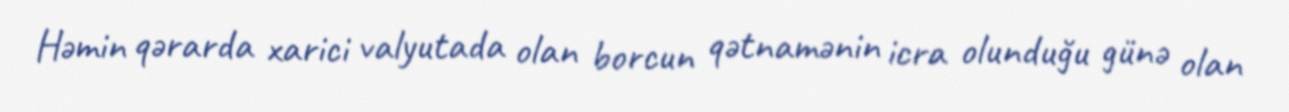
Həmin qərarda xarici valyutada olan borcun qətnamənin icra olunduğu günə olan